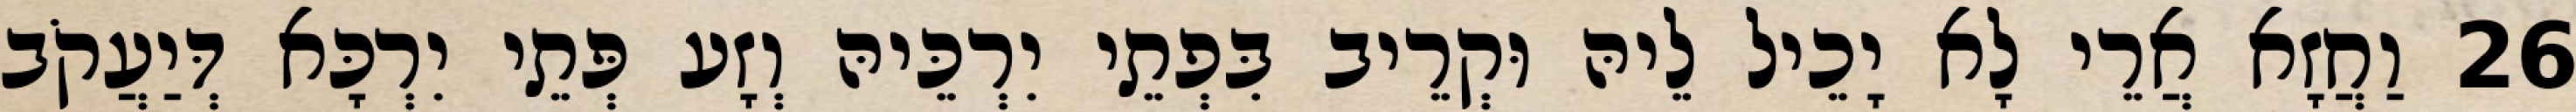
26 וַחֲזָא אֲרֵי לָא יָכֵיל לֵיהּ וּקְרֵיב בִּפְתֵי יִרְכֵּיהּ וְזָע פְּתֵי יִרְכָּא דְּיַעֲקֹב